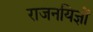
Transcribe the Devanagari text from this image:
राजनयिज्ञों